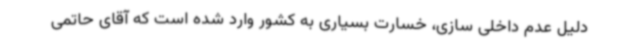
دلیل عدم داخلی سازی، خسارت بسیاری به کشور وارد شده است که آقای حاتمی